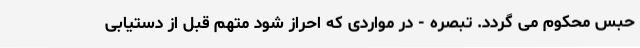
حبس محکوم می ‌گردد. تبصره - در مواردی که احراز شود متهم قبل از دستیابی